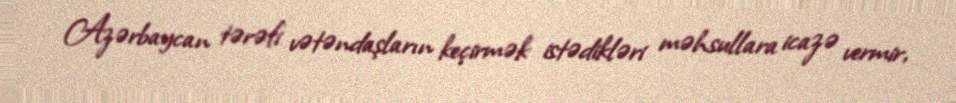
Azərbaycan tərəfi vətəndaşların keçirmək istədikləri məhsullara icazə vermir,